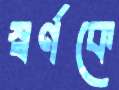
স্বর্ণকে